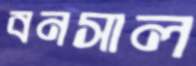
বনসাল